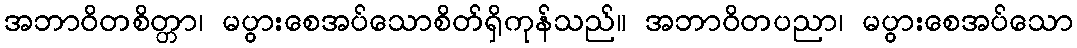
အဘာဝိတစိတ္တာ၊ မပွားစေအပ်သောစိတ်ရှိကုန်သည်။ အဘာဝိတပညာ၊ မပွားစေအပ်သော